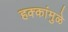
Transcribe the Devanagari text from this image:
हक्कांमुळे